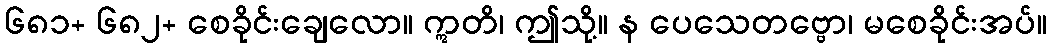
၆၈၁+ ၆၈၂+ စေခိုင်းချေလော။ ဣတိ၊ ဤသို့။ န ပေသေတဗ္ဗော၊ မစေခိုင်းအပ်။